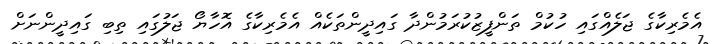
އެމެރިކާގެ ޖަލެއްގައި ހުކުމް ތަންފީޒުކުރަމުންދާ ގައިދީންތަކެއް އެމެރިކާގެ އޮހާޔޯ ޖަލުގައި ތިބި ގައިދީންނަށް